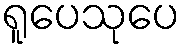
ရူပေသုပေ